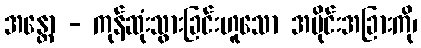
အန္တော - ကုန်ဆုံးသွားခြင်းဟူသော အပိုင်းအခြားကို၊